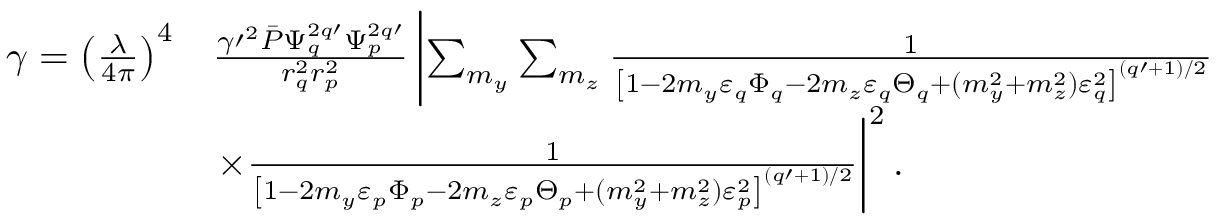
\begin{array} { r l } { \gamma = \left( \frac { \lambda } { 4 \pi } \right) ^ { 4 } } & { \frac { \gamma \prime ^ { 2 } \bar { P } \Psi _ { q } ^ { 2 q \prime } \Psi _ { p } ^ { 2 q \prime } } { r _ { q } ^ { 2 } r _ { p } ^ { 2 } } \left| \sum _ { m _ { y } } \sum _ { m _ { z } } \frac 1 { \left[ 1 - 2 m _ { y } \varepsilon _ { q } \Phi _ { q } - 2 m _ { z } \varepsilon _ { q } \Theta _ { q } + ( m _ { y } ^ { 2 } + m _ { z } ^ { 2 } ) \varepsilon _ { q } ^ { 2 } \right] ^ { ( q \prime + 1 ) / 2 } } \right. } \\ & { \left. \times \frac 1 { \left[ 1 - 2 m _ { y } \varepsilon _ { p } \Phi _ { p } - 2 m _ { z } \varepsilon _ { p } \Theta _ { p } + ( m _ { y } ^ { 2 } + m _ { z } ^ { 2 } ) \varepsilon _ { p } ^ { 2 } \right] ^ { ( q \prime + 1 ) / 2 } } \right| ^ { 2 } . } \end{array}